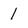
Character: 1